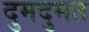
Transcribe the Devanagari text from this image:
दुमदुमत